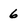
Character: 6